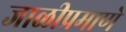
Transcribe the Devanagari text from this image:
जाळीप्रमाणे